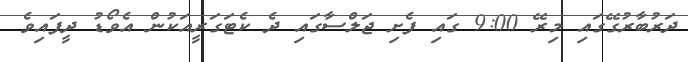
ދަރުބާރުގޭގައި މިރޭ 9:00 ގައި ފެށި ޖަލްސާގައި ދެ ކެޓަގަރީއަކުން އެވޯޑު ދީފައިވެ